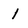
Character: l